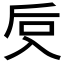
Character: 𰃙